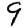
Digit: 9